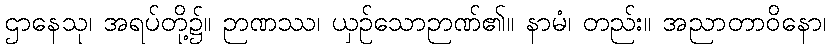
ဌာနေသု၊ အရပ်တို့၌။ ဉာဏဿ၊ ယှဉ်သောဉာဏ်၏။ နာမံ၊ တည်း။ အညာတာဝိနော၊